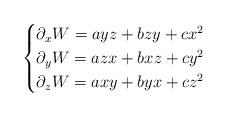
LaTeX: \begin{align*}\begin{cases}\partial_x W = a yz + b z y + c x^2 \\\partial_y W = a zx + b xz + c y^2 \\\partial_z W = a xy + b yx + c z^2\end{cases}\end{align*}